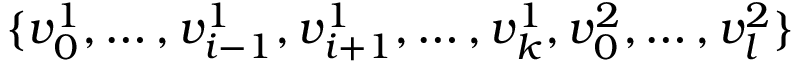
\{ v _ { 0 } ^ { 1 } , \ldots , v _ { i - 1 } ^ { 1 } , v _ { i + 1 } ^ { 1 } , \ldots , v _ { k } ^ { 1 } , v _ { 0 } ^ { 2 } , \ldots , v _ { l } ^ { 2 } \}